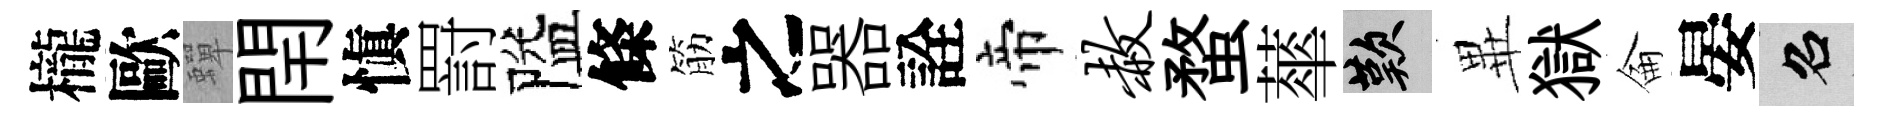
櫳歐蟬閈愼罸隘條筋之器詮帝赦蝥蕐嘆𭺾獄侖晏召